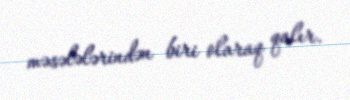
məsələlərindən biri olaraq qalır.